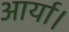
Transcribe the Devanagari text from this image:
आर्या।